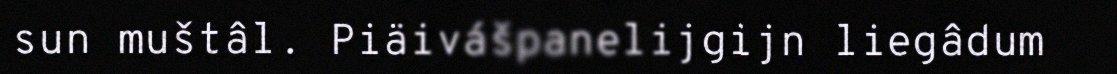
sun muštâl. Piäivášpanelijgijn liegâdum